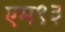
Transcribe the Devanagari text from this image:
एम९३